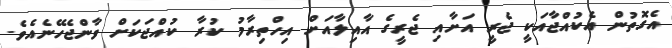
އެގޮތުން އެކުއްޖާއަކީ ޖެރީ އަށާއި ޖެރީގެ އާއިލާއަށް އިހްތިރާމު ކުރާ ކުއްޖަކަށް ވާންޖެހޭނެއެވެ.